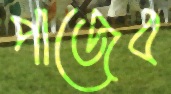
পাজেব